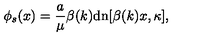
\phi _ { s } ( x ) = \frac { a } { \mu } \beta ( k ) \mathrm { d n } [ \beta ( k ) x , \kappa ] ,